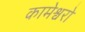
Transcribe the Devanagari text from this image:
कामेश्वरो